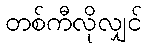
တစ်ကီလိုလျှင်